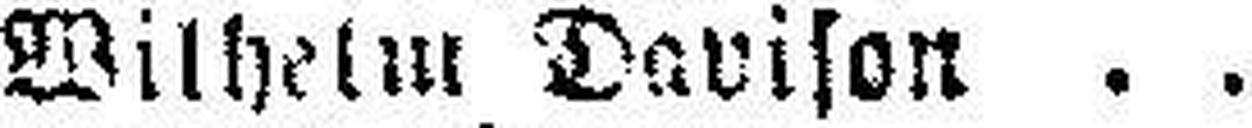
Wilhelm Davison Hr. Urban.